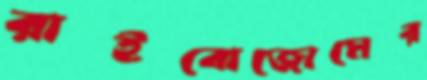
রাইবোজোমের